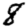
Digit: 8